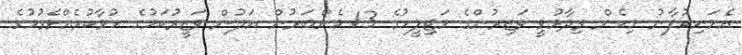
އެމަނިކުފާނު މިހެން ވިދާޅުވީ ވަޒިރުންގެ މަޖިލީހުގެ 13 މެންބަރުން އަލުން ވަޒީރުކަމުގެ ހުވާކުރެއްވެވުމުގެ